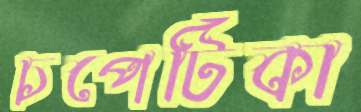
চপেটিকা